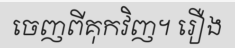
ចេញពីគុកវិញ។ រឿង